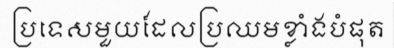
ប្រទេសមួយដែលប្រឈមខ្លាំងបំផុត